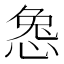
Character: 𫺜